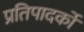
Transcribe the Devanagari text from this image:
प्रतिपादर्को